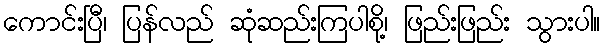
ကောင်းပြီ၊ ပြန်လည် ဆုံဆည်းကြပါစို့၊ ဖြည်းဖြည်း သွားပါ။